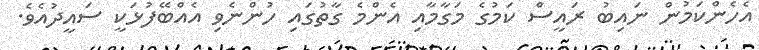
އެހެންކަމުން ނައިބު ރައީސް ކަމުގެ މަގާމާއި އެންމެ ގާތުގައި ހުންނެވި އެއްބޭފުޅަކީ ސައީދުއެވެ.